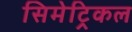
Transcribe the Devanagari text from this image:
सिमेट्रिकल